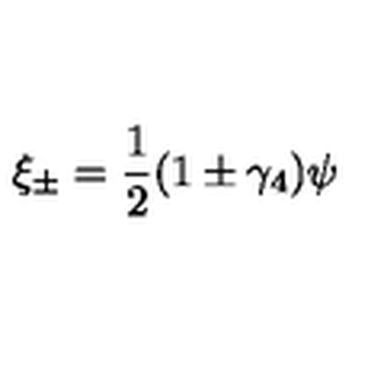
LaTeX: \xi _ { \pm } = \frac { 1 } { 2 } ( 1 \pm \gamma _ { 4 } ) \psi